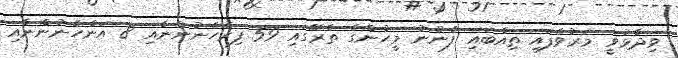
ވިދާޅުވީ މަރުވެފައި ތިއްބައި ފެނުނު މީހުންގެ ތެރޭގައި 59 ފިރެހެނުންނާއި 8 އަންހެނުންނާއި